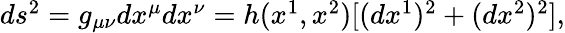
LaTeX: \begin{array}{r}{ds^{2}=g_{\mu\nu}dx^{\mu}dx^{\nu}=h(x^{1},x^{2})[(dx^{1})^{2}+(dx^{2})^{2}],}\end{array}